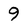
Character: 9